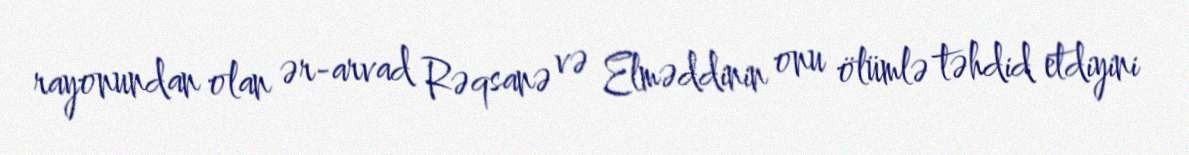
rayonundan olan ər-arvad Rəqsanə və Elməddinin onu ölümlə təhdid etdiyini